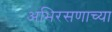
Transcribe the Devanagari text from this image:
अभिरसणाच्या